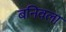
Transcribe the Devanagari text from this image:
बनिवला